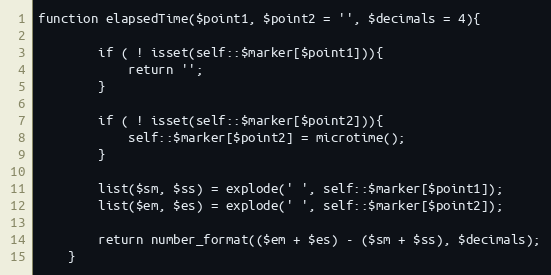
Language: PHP
function elapsedTime($point1, $point2 = '', $decimals = 4){

		if ( ! isset(self::$marker[$point1])){
			return '';
		}

		if ( ! isset(self::$marker[$point2])){
			self::$marker[$point2] = microtime();
		}

		list($sm, $ss) = explode(' ', self::$marker[$point1]);
		list($em, $es) = explode(' ', self::$marker[$point2]);

		return number_format(($em + $es) - ($sm + $ss), $decimals);
	}